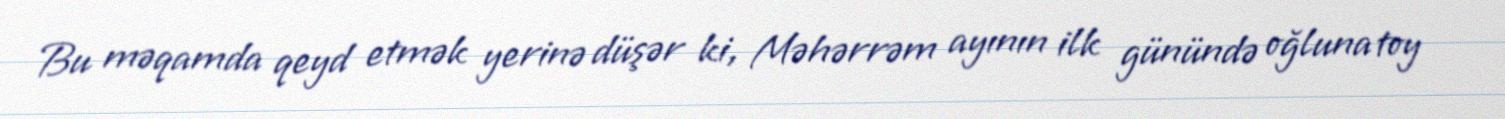
Bu məqamda qeyd etmək yerinə düşər ki, Məhərrəm ayının ilk günündə oğluna toy